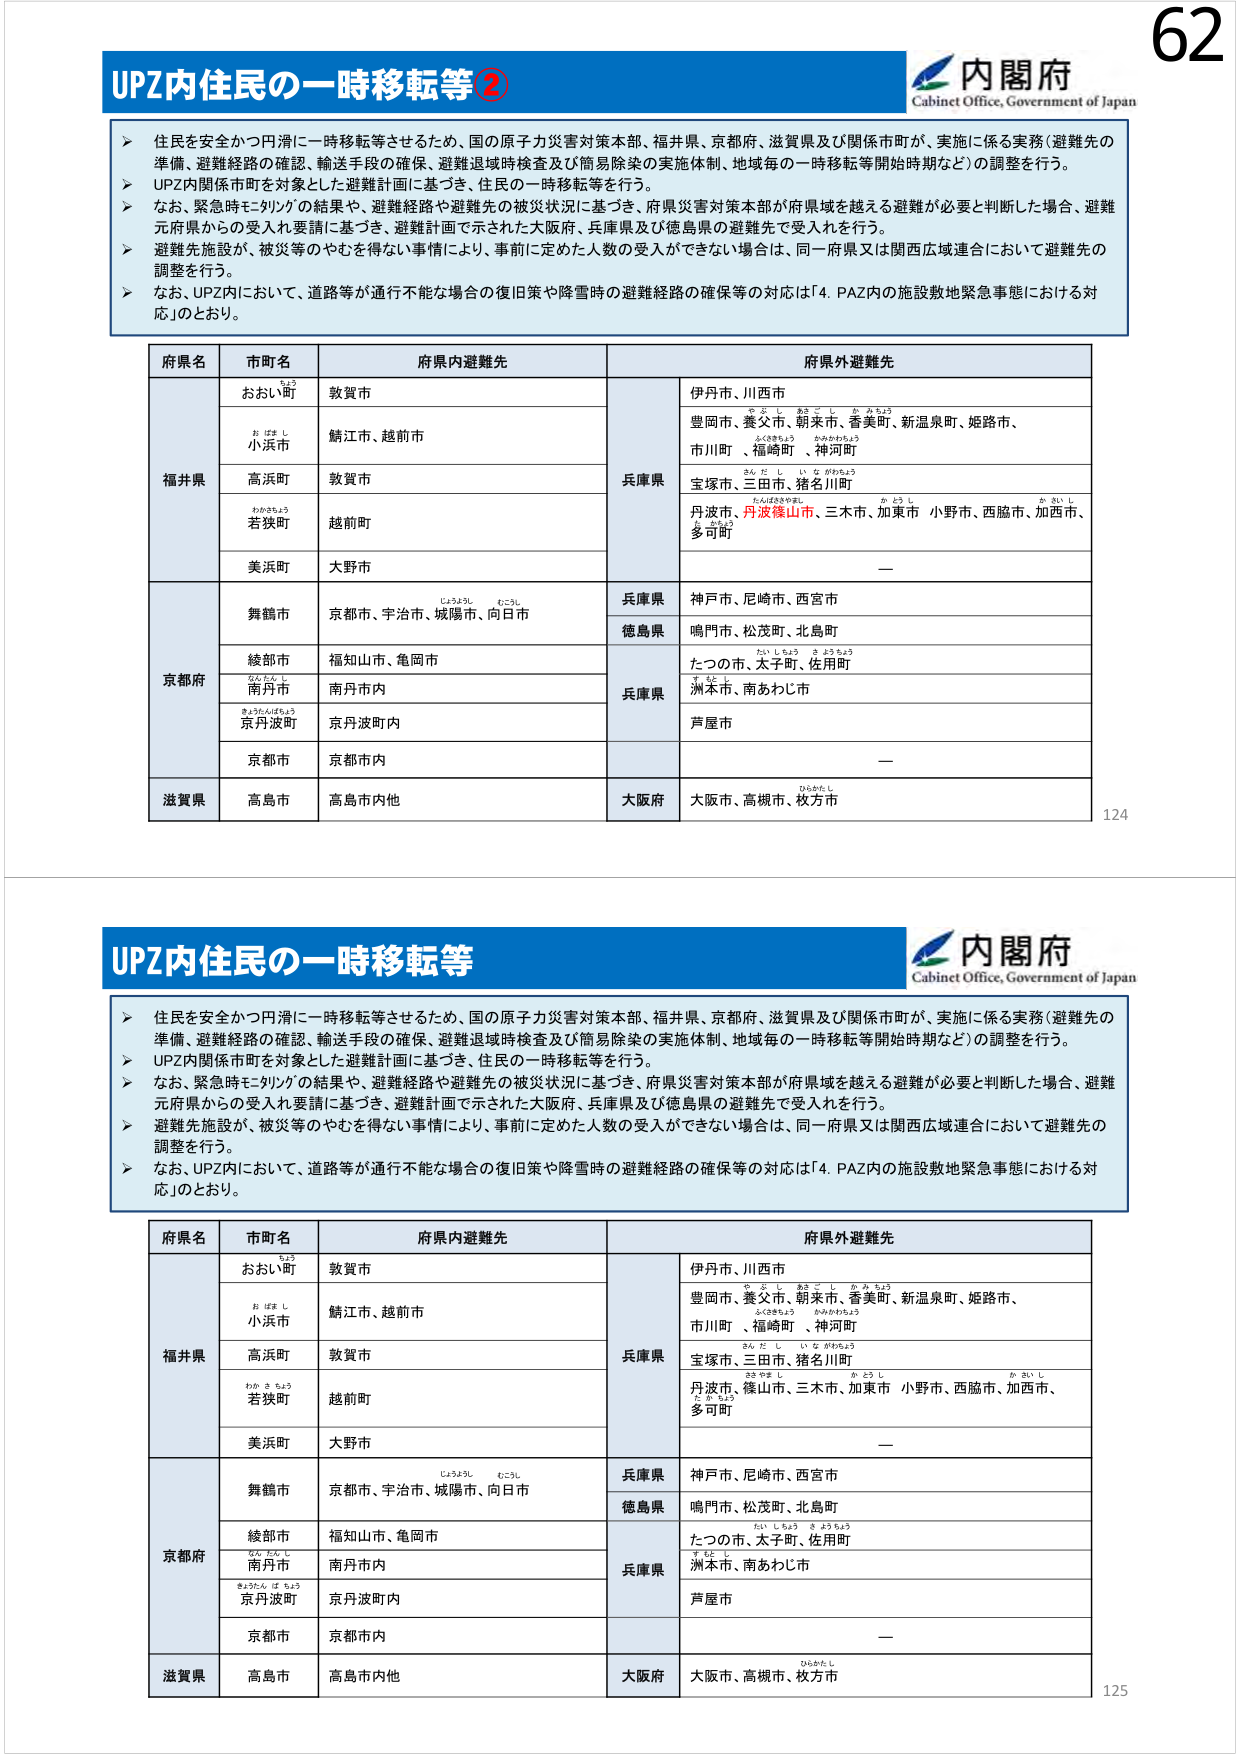
62
内閣府
Cabinet Office, Government of Japan
UPZ内住民の一時移転等②
➤ 住民を安全かつ円滑に一時移転等させるため、国の原子力災害対策本部、福井県、京都府、滋賀県及び関係市町が、実施に係る実務（避難先の
準備、避難経路の確認、輸送手段の確保、避難退域時検査及び簡易除染の実施体制、地域毎の一時移転等開始時期など）の調整を行う。
➤ UPZ内関係市町を対象とした避難計画に基づき、住民の一時移転等を行う。
➤ なお、緊急時モニタリングの結果や、避難経路や避難先の被災状況に基づき、府県災害対策本部が府県域を越える避難が必要と判断した場合、避難
元府県からの受入れ要請に基づき、避難計画で示された大阪府、兵庫県及び徳島県の避難先で受入れを行う。
➤ 避難先施設が、被災等のやむを得ない事情により、事前に定めた人数の受入ができできない場合は、同一府県又は関西広域連合において避難先の
調整を行う。
➤ なお、UPZ内において、道路等が通行不能な場合の復旧策や降雪時の避難経路の確保等の対応は「4．PAZ内の施設敷地緊急事態における対
応」のとおり。
府県名
市町名
府県内避難先
府県外避難先
福井県
おおい町
敦賀市
兵庫県
伊丹市、川西市
小浜市
鯖江市、越前市
豊岡市、養父市、朝来市、香美町、新温泉町、姫路市、
市川町、福崎町 、神河町
高浜町
敦賀市
宝塚市、三田市、猪名川町
若狭町
越前町
丹波市、丹波篠山市、三木市、加東市 小野市、西脇市、加西市、
多可町
美浜町
大野市
ー
京都府
舞鶴市
京都市、宇治市、城陽市、向日市
兵庫県
神戸市、尼崎市、西宮市
徳島県
鳴門市、松茂町、北島町
綾部市
福知山市、亀岡市
兵庫県
たつの市、太子町、佐用町
南丹市
南丹市内
洲本市、南あわじ市
京丹波町
京丹波町内
芦屋市
京都市
京都市内
ー
滋賀県
高島市
高島市内他
大阪府
大阪市、高槻市、枚方市
124
内閣府
Cabinet Office, Government of Japan
UPZ内住民の一時移転等
➤ 住民を安全かつ円滑に一時移転等させるため、国の原子力災害対策本部、福井県、京都府、滋賀県及び関係市町が、実施に係る実務（避難先の
準備、避難経路の確認、輸送手段の確保、避難退域時検査及び簡易除染の実施体制、地域毎の一時移転等開始時期など）の調整を行う。
➤ UPZ内関係市町を対象とした避難計画に基づき、住民の一時移転等を行う。
➤ なお、緊急時モニタリングの結果や、避難経路や避難先の被災状況に基づき、府県災害対策本部が府県域を越える避難が必要と判断した場合、避難
元府県からの受入れ要請に基づき、避難計画で示された大阪府、兵庫県及び徳島県の避難先で受入れを行う。
➤ 避難先施設が、被災等のやむを得ない事情により、事前に定めた人数の受入ができできない場合は、同一府県又は関西広域連合において避難先の
調整を行う。
➤ なお、UPZ内において、道路等が通行不能な場合の復旧策や降雪時の避難経路の確保等の対応は「4．PAZ内の施設敷地緊急事態における対
応」のとおり。
府県名
市町名
府県内避難先
府県外避難先
福井県
おおい町
敦賀市
兵庫県
伊丹市、川西市
小浜市
鯖江市、越前市
豊岡市、養父市、朝来市、香美町、新温泉町、姫路市、
市川町、福崎町 、神河町
高浜町
敦賀市
宝塚市、三田市、猪名川町
若狭町
越前町
丹波市、篠山市、三木市、加東市 小野市、西脇市、加西市、
多可町
美浜町
大野市
ー
京都府
舞鶴市
京都市、宇治市、城陽市、向日市
兵庫県
神戸市、尼崎市、西宮市
徳島県
鳴門市、松茂町、北島町
綾部市
福知山市、亀岡市
兵庫県
たつの市、太子町、佐用町
南丹市
南丹市内
洲本市、南あわじ市
京丹波町
京丹波町内
芦屋市
京都市
京都市内
ー
滋賀県
高島市
高島市内他
大阪府
大阪市、高槻市、枚方市
125